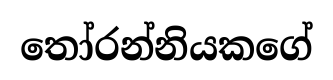
තෝරන්නියකගේ